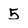
Character: 5